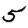
Digit: 5